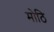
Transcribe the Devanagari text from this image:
मोठि